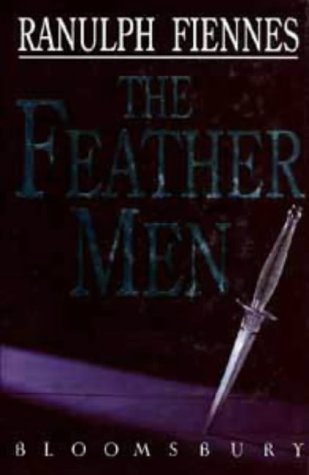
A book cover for The Feathermen; Sir Ranulph Fiennes; History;